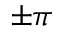
\pm \pi